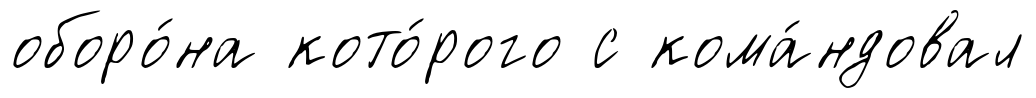
оборо́на кото́рого с кома́ндовал